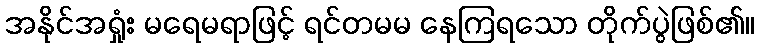
အနိုင်အရှုံး မရေမရာဖြင့် ရင်တမမ နေကြရသော တိုက်ပွဲဖြစ်၏။